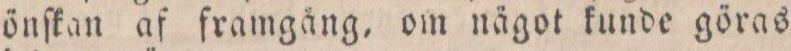
önſkan af framgång, om något kunde göras